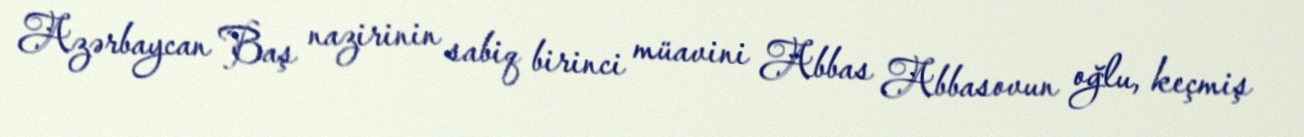
Azərbaycan Baş nazirinin sabiq birinci müavini Abbas Abbasovun oğlu, keçmiş